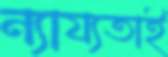
ন্যায্যতাই